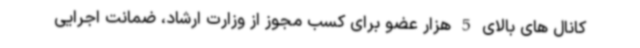
کانال های بالای 5 هزار عضو برای کسب مجوز از وزارت ارشاد، ضمانت اجرایی